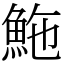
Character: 䰿